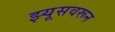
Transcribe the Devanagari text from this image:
झ्यूसवरून